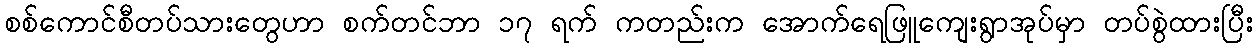
စစ်ကောင်စီတပ်သားတွေဟာ စက်တင်ဘာ ၁၇ ရက် ကတည်းက အောက်ရေဖြူကျေးရွာအုပ်မှာ တပ်စွဲထားပြီး